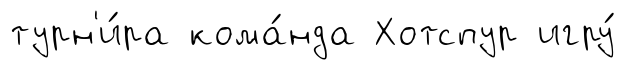
турн'и́ра кома́нда Хотспур игру́